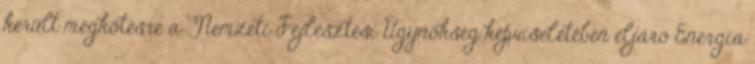
került megkötésre a Nemzeti Fejlesztési Ügynökség képviseletében eljáró Energia